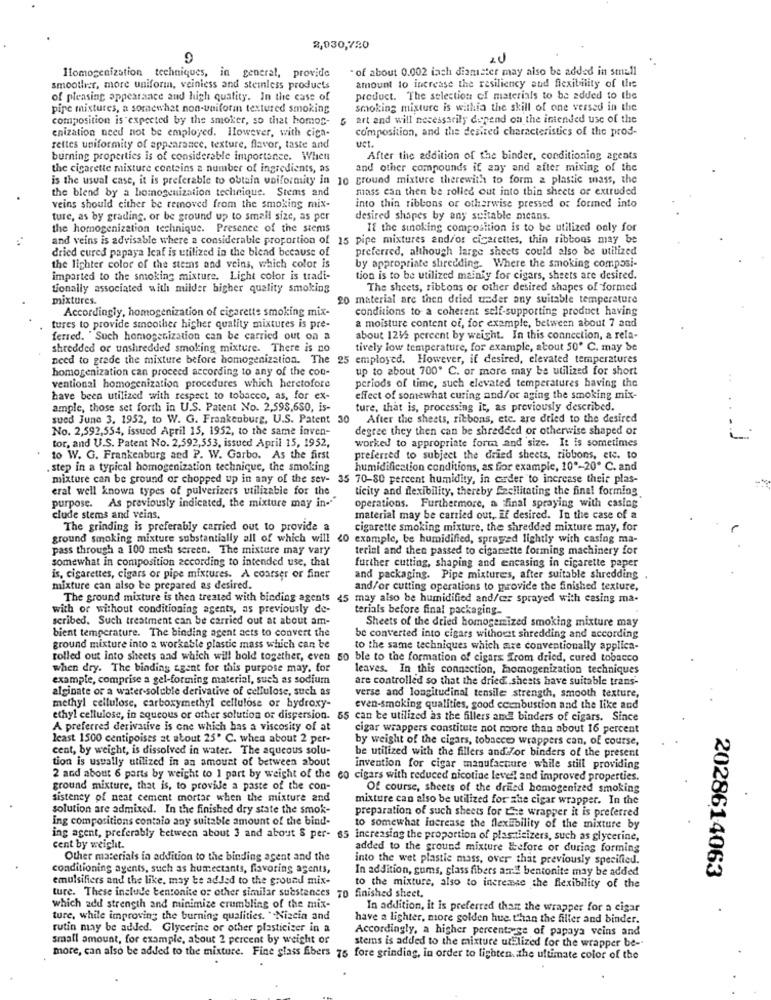
2,030,720
- of about 0.002 inch diameter may also be added in small
Homogenization techniques, in general, provide
smoother, more uniform, veiniess and steinless products
amount to increase the resiliency and flexibility of this
of pleasing appearance and high quality. In the case of
product. The selection of materials to be added to the
pipe mixtures, a somewhat non-uniform textured smoking
smoking mixture is withia the skill of one versed in the
composition is expected by the smoker, so that homos-
& art and will necessarily depend on the intended use of the
enization need not be employed. However, with cica-
composition, and the desired characteristics of the prod-
ust.
rettes uniformity of appearance, texture, flavor, taste and
burning properties is of considerable importance. When
After the addition of the binder, conditioning agents
the cigarette mixture contains a number of ingredients, as
and other compounds if zay and after mixing of the
is the usual case, it is preferable to obtain uniformity in 10 ground mixture therewith to form a plastic mass, the
the blend by a homogenization technique. Stems and
mass can then be rolled out into thin sheets or extruded
veins should cither be removed from the smoking mix-
into thin ribbons or otherwise pressed or formed into
ture, as by grading, or be ground up to small size, as per
desired shapes by any suitable means.
the homogenization technique. Presence of the stems
If the smoking composition is to be utilized only for
and veins is advisable where a considerable proportion of 15 pipe mixtures and/or cigarettes, thin ribbons may be
dried cured papaya leaf is utilized in the blend because of
preferred, although large sheets could also be utilized
the lighter color of the stems and veins, which color is
by appropriate shredding. Where the smoking composi-
imported to the smoking mixture. Light color is tradi-
tion is to be utilized mainly for cigars, sheets are desired.
tionally associated with milder higher quality smoking
The sheets, ribbons or other desired shapes of formed
mixtures.
20 material are then dried under any suitable temperature
Accordingly, homogenization of cigarette smoking mix-
conditions to a coherent self-supporting product having
a moisture content of, for example, between about 7 and
tures to provide smoother higher quality mixtures is pre-
ferred. "Such homogenization can be carried out on a
about 121/2 percent by weight. In this connection, a rela-
shredded or unshredded smoking mixture. There is no
tively low temperature, for example, atout 50º C. may be
need to grade the mixture before homogenization. The 25 employed. However, if desired, elevated temperatures
homogenization can proceed according to any of the con-
up to about 700. C. or more may be utilized for short
ventional homogenization procedures which heretofore
periods of time, such elevated temperatures having the
have been utilized with respect to tobacco, as, for ex-
effect of somewhat curing and/or aging the smoking mix-
ample, those set forth in U.S. Patent No. 2,598,650, is-
ture, that is, processing it, as previously described.
sued June 3, 1952, to W. G. Frankenburg, U.S. Patent 30 After the sheets, ribbons, etc. are dried to the desired
No. 2,592,554, issued April 15, 1952, to the same inven-
degree they then can be shredded or otherwise shaped or
tor, and U.S. Patent No. 2,592,553, issued April 15, 1952,
worked to appropriate form and size. It is sometimes
to W. G. Frankenburg and P. W. Garbo. As the first
preferred to subject the dried sheets, ribbons, etc. to
step in a typical homogenization technique, the smoking
humidification conditions, as for example, 10"-20º C. and
mixture can be ground or chopped up in any of the sev- 35 70-80 percent humidity, in order to increase their plas-
eral well known types of pulverizers utilizable for the
ticity and flexibility, thereby facilitating the final forming
purpose. As previously indicated, the mixture may in-
operations. Furthermore, a final spraying with casiog
clude stems and veins.
material may be carried out, if desired. In the case of a
The grinding is preferably carried out to provide a
cigarette smoking mixture, the shredded mixture may, for
ground smoking mixture substantially all of which will <0 example, be humidified, sprayed lightly with casing ma-
pass through a 100 mesh screen. The mixture may vary
terial and then passed to ciganette forming machinery for
somewhat in composition according to intended use, that
further cutting, shaping and encasing in cigarette paper
is, cigarettes, cigars or pipe mixtures. A coarser or finer
and packaging. Pipe mixtures, after suitable shredding ,
mixture can also be prepared as desired.
and/or cutting operations to provide the finished texture,
The ground mixture is then treated with binding agents 45 may also be humidified and/or sprayed with casing ma-
with or without conditioning agents, as previously de-
terials before final packaging-
scribed. Such treatment can be carried out at about am-
Sheets of the dried homogenized smoking mixture may
bient temperature. The binding agent acts to convert the
be converted into cigars withorst shredding and according
ground mixture into a workable plastic mass which can be
to the same techniques which are conventionally applica-
rolled out into sheets and which will hold together, even 50 ble to the formation of cigars from dried, cured tobacco
when dry. The binding agent for this purpose may. for
leaves. In this connection, homogenization techniques
example, comprise a gel-forming material, such as sodium
are controlled so that the dried sheets have suitable trans-
alginate or a water soluble derivative of cellulose, such as
methyl cellulose, carboxymethyl cellulose or bydroxy-
verse and longitudinal tensile strength, smooth texture,
even-smoking qualities, good ccenbustion and the like and
ethyl cellulose, in aqueous or other solution or dispersion. 55 can be utilized as the fillers and binders of cigars. Since
A preferred derivative is one which has a viscosity of at
cigar wrappers constitute not moore than about 16 percent
least 1500 centipoises at about 25' C. when about 2 per-
by weight of the cigars, tobacces wrappers can, of course,
cent, by weight, is dissolved in water. The aqueous solu-
tion is usually utilized in an amount of between about
be utilized with the fillers and /or binders of the present
invention for cigar manufacture while still providing
2 and about 6 parts by weight to 1 part by weight of the co cigars with reduced nicotine level and improved properties.
ground mixture, that is, to provide a paste of the con-
Of course, sheets of the dried homogenized smoking
sisteney of neat cement mortar when the mixture and
mixture can also be utilized for she cigar wrapper. In the
solution are admixed. In the finished dry state the smok-
preparation of such sheets for the wrapper it is preferred
Ing compositions contaio any suitable amount of the bind-
to somewhat increase the flexibility of the mixture by
ing agent, preferably between about 3 and about S per- 65 increasing the proportion of plasticizers, such as glycerine,
cent by weight.
added to the ground mixture before or during forming
Other materials in addition to the binding agent and the
into the wet plastie mass, over that previously specified.
conditioning agents, such as humectants, flavoring agents,
In addition, gums, glass fibers ami bentonite may be added
emulsifiers and the like, may te added to the ground mix-
2028614063
to the mixture, also to increase the flexibility of the
ture. These include bentonite or other similar substances 70 finished sheet.
which add strength and minimize crumbling of the mix-
In addition, it is preferred than the wrapper for a cigar
ture, while improving the burning qualities. "Niacin and
have a lighter, more golden hue than the filler and binder.
rutin may be added. Glycerine or other plasticiser in a
Accordingly, a higher percentage of papaya veins and
small amount, for example, about 2 percent by weight or
stems is added to the mixture utilized for the wrapper be-
more, can also be added to the mixture. Fine glass fibers 75 fore grinding, in order to lighten the ultimate color of the